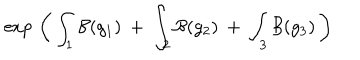
\exp \, \left( \, \int _ { 1 } { \cal B } ( g _ { 1 } ) \: + \: \int _ { 2 } { \cal B } ( g _ { 2 } ) \: + \: \int _ { 3 } { \cal B } ( g _ { 3 } ) \, \right)